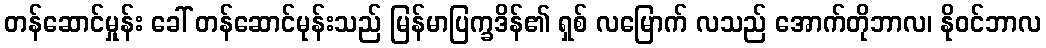
တန်ဆောင်မှုန်း ခေါ် တန်ဆောင်မုန်းသည် မြန်မာပြက္ခဒိန်၏ ရှစ် လမြောက် လသည် အောက်တိုဘာလ၊ နိုဝင်ဘာလ